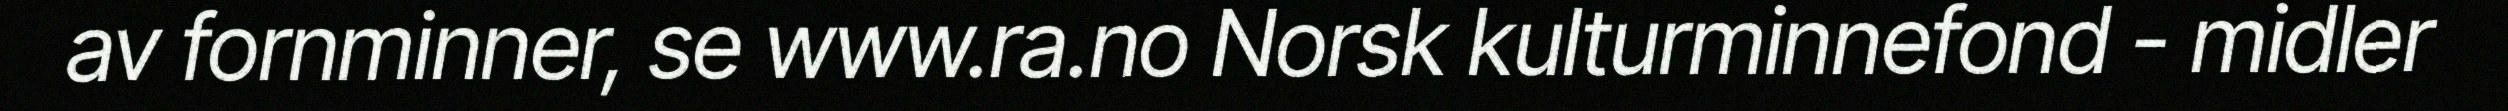
av fornminner, se www.ra.no Norsk kulturminnefond - midler